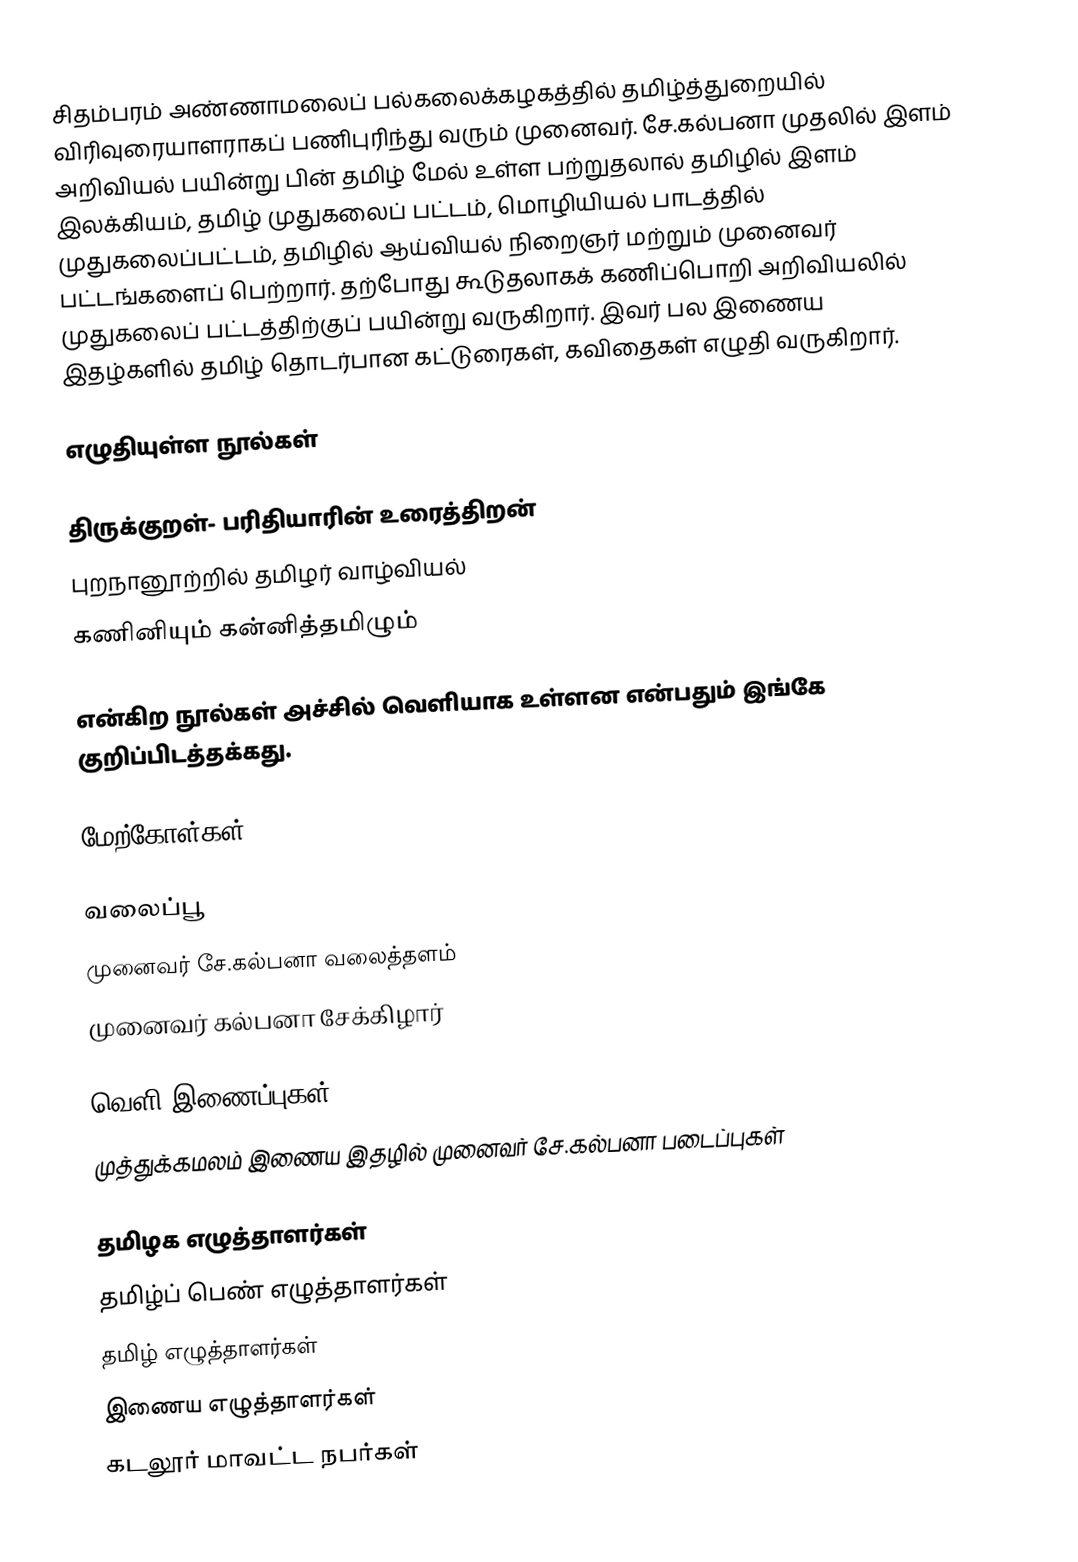
சிதம்பரம் அண்ணாமலைப் பல்கலைக்கழகத்தில் தமிழ்த்துறையில்  விரிவுரையாளராகப் பணிபுரிந்து வரும் முனைவர். சே.கல்பனா முதலில் இளம் அறிவியல் பயின்று பின் தமிழ் மேல் உள்ள பற்றுதலால் தமிழில் இளம் இலக்கியம், தமிழ் முதுகலைப் பட்டம், மொழியியல் பாடத்தில் முதுகலைப்பட்டம், தமிழில் ஆய்வியல் நிறைஞர் மற்றும் முனைவர்  பட்டங்களைப் பெற்றார். தற்போது கூடுதலாகக் கணிப்பொறி அறிவியலில் முதுகலைப் பட்டத்திற்குப் பயின்று வருகிறார். இவர் பல இணைய இதழ்களில் தமிழ் தொடர்பான கட்டுரைகள், கவிதைகள் எழுதி வருகிறார்.

எழுதியுள்ள நூல்கள்

 திருக்குறள்- பரிதியாரின் உரைத்திறன்
 புறநானூற்றில் தமிழர் வாழ்வியல்
 கணினியும் கன்னித்தமிழும்

என்கிற நூல்கள் அச்சில் வெளியாக உள்ளன என்பதும் இங்கே குறிப்பிடத்தக்கது.

மேற்கோள்கள்

வலைப்பூ
  முனைவர் சே.கல்பனா வலைத்தளம்
  முனைவர் கல்பனா சேக்கிழார்

வெளி இணைப்புகள்
  முத்துக்கமலம் இணைய இதழில் முனைவர் சே.கல்பனா படைப்புகள்

தமிழக எழுத்தாளர்கள்
தமிழ்ப் பெண் எழுத்தாளர்கள்
தமிழ் எழுத்தாளர்கள்
இணைய எழுத்தாளர்கள்
கடலூர் மாவட்ட நபர்கள்